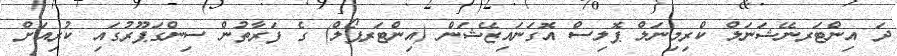
ދަ އިންޓަރނޭޝަނަލް ކްރިމިނަލް ޕޮލިސް އޮގަނައިޒޭޝަން (އިންޓަރޕޯލް) ގެ ފަރާތުން ސިންގަޕޫރުގައި ކުރިއަށް